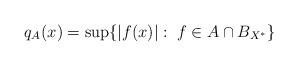
LaTeX: \begin{align*} q_A(x) = \sup \{|f(x)|: \; f \in A \cap B_{X^*}\}\end{align*}